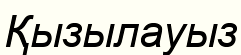
Қызылауыз